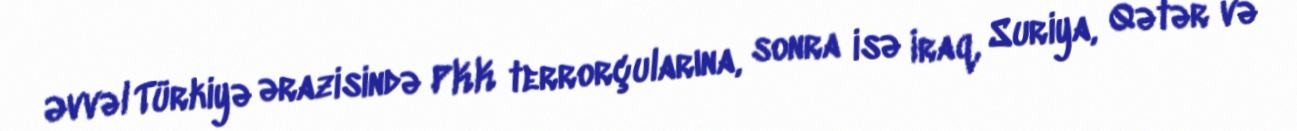
Əvvəl Türkiyə ərazisində PKK terrorçularına, sonra isə İraq, Suriya, Qətər və